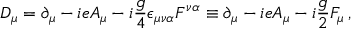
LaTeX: { \cal D } _ { \mu } = \partial _ { \mu } - { i e A _ { \mu } } - i { \frac { g } { 4 } } \epsilon _ { \mu \nu \alpha } F ^ { \nu \alpha } \equiv \partial _ { \mu } - { i e A _ { \mu } } - i { \frac { g } { 2 } } F _ { \mu } \, ,